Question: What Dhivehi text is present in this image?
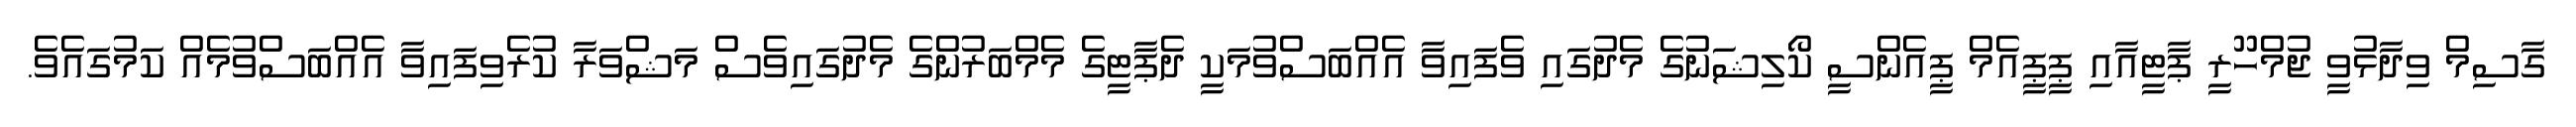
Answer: ގާސިމް ވިދާޅުވީ ޖުމްހޫރީ ޕާޓީއާއި ޕީޕީއެމް ޕީއެންސީ ކޯލިޝަނުގެ މެދުގައި ވެފައިވާ އެއްބަސްވުމަކީ ދެޕާޓީގެ މެމްބަރުންގެ މެދުގައިވެސް މަޝްވަރާ ކުރެވިފައިވާ އެއްބަސްވުމެއް ކަމުގައެވެ.